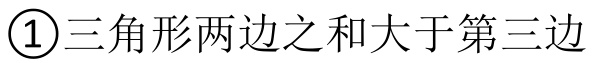
\textcircled{1}三角形两边之和大于第三边